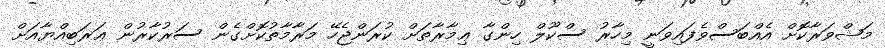
މަޝްވަރާކޮށް އެއްބަސްވެފައިވަނީ މިހާރު ސްކޫލް ހިންގާ ޢިމާރާތަށް ކުރަންޖެހޭ މަރާމާތުކޮށްގެން ސަރުކާރުން ޢަރަބިއްޔާއަށް